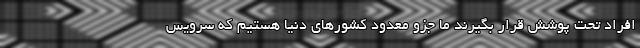
افراد تحت پوشش قرار بگیرند ما جزو معدود کشورهای دنیا هستیم که سرویس